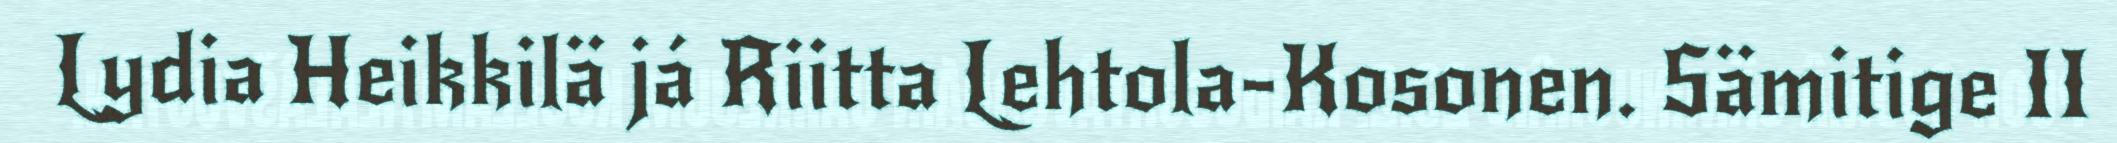
Lydia Heikkilä já Riitta Lehtola-Kosonen. Sämitige II